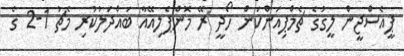
ޕީއެސްޖީން ލީގުގެ ޗެމްޕިއަންކަން ހޯދީ ރޭ މޮންޕެލިއޭއާ ބައްދަލުކުރި މެޗު 1-2 ގެ